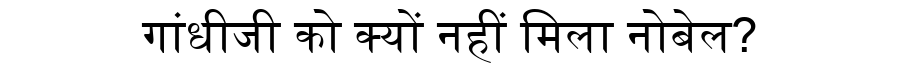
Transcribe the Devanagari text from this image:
गांधीजी को क्यों नहीं मिला नोबेल?